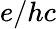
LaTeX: e/hc